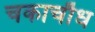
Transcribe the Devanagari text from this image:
चकाचौध